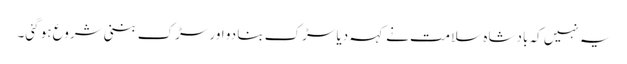
یہ نہیں کہ بادشاہ سلامت نے کہہ دیا سڑک بنا دو اور سڑک بننی شروع ہو گئی۔